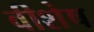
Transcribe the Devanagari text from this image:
वीशेष